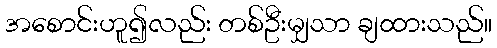
အစောင်းဟူ၍လည်း တစ်ဦးမျှသာ ချထားသည်။